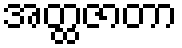
အတ္ထဇာတာ